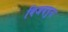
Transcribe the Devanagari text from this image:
विजयपुरा